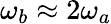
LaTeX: \omega_{b}\approx 2\omega_{a}